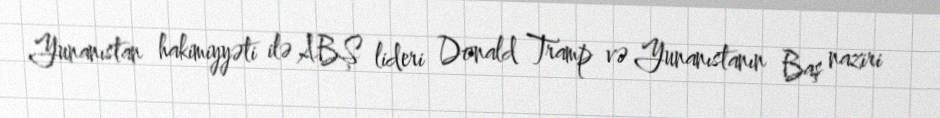
Yunanıstan hakimiyyəti ilə ABŞ lideri Donald Tramp və Yunanıstanın Baş naziri